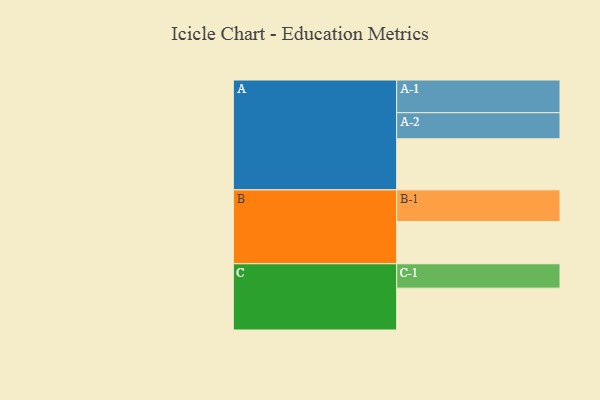
{"axis": {"x": "Segment", "y": "Value"}, "legend": ["", "A", "B", "C"], "data": [{"x": "A", "y": 459, "type": ""}, {"x": "B", "y": 380, "type": ""}, {"x": "C", "y": 376, "type": ""}, {"x": "A-1", "y": 294, "type": "A"}, {"x": "A-2", "y": 234, "type": "A"}, {"x": "B-1", "y": 284, "type": "B"}, {"x": "C-1", "y": 219, "type": "C"}]}